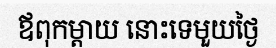
ឪពុកម្តាយ នោះទេមួយថ្ងៃ